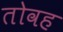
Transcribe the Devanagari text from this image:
तोवह